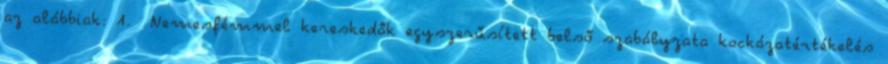
az alábbiak: 1. Nemesfémmel kereskedők egyszerűsített belső szabályzata kockázatértékelés